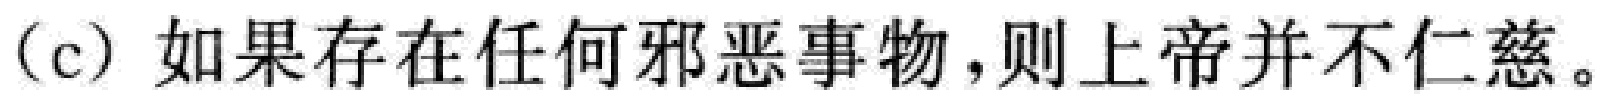
(c) 如果存在任何邪恶事物,则上帝并不仁慈。